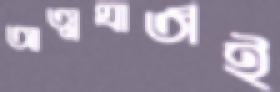
আত্মঘাতীই